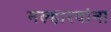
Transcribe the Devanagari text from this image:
मल्हारवांना